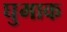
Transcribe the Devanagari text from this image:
घुमाक